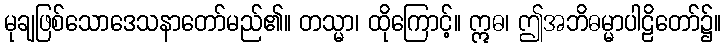
မုချဖြစ်သောဒေသနာတော်မည်၏။ တသ္မာ၊ ထိုကြောင့်။ ဣဓ၊ ဤအဘိဓမ္မာပါဠိတော်၌။